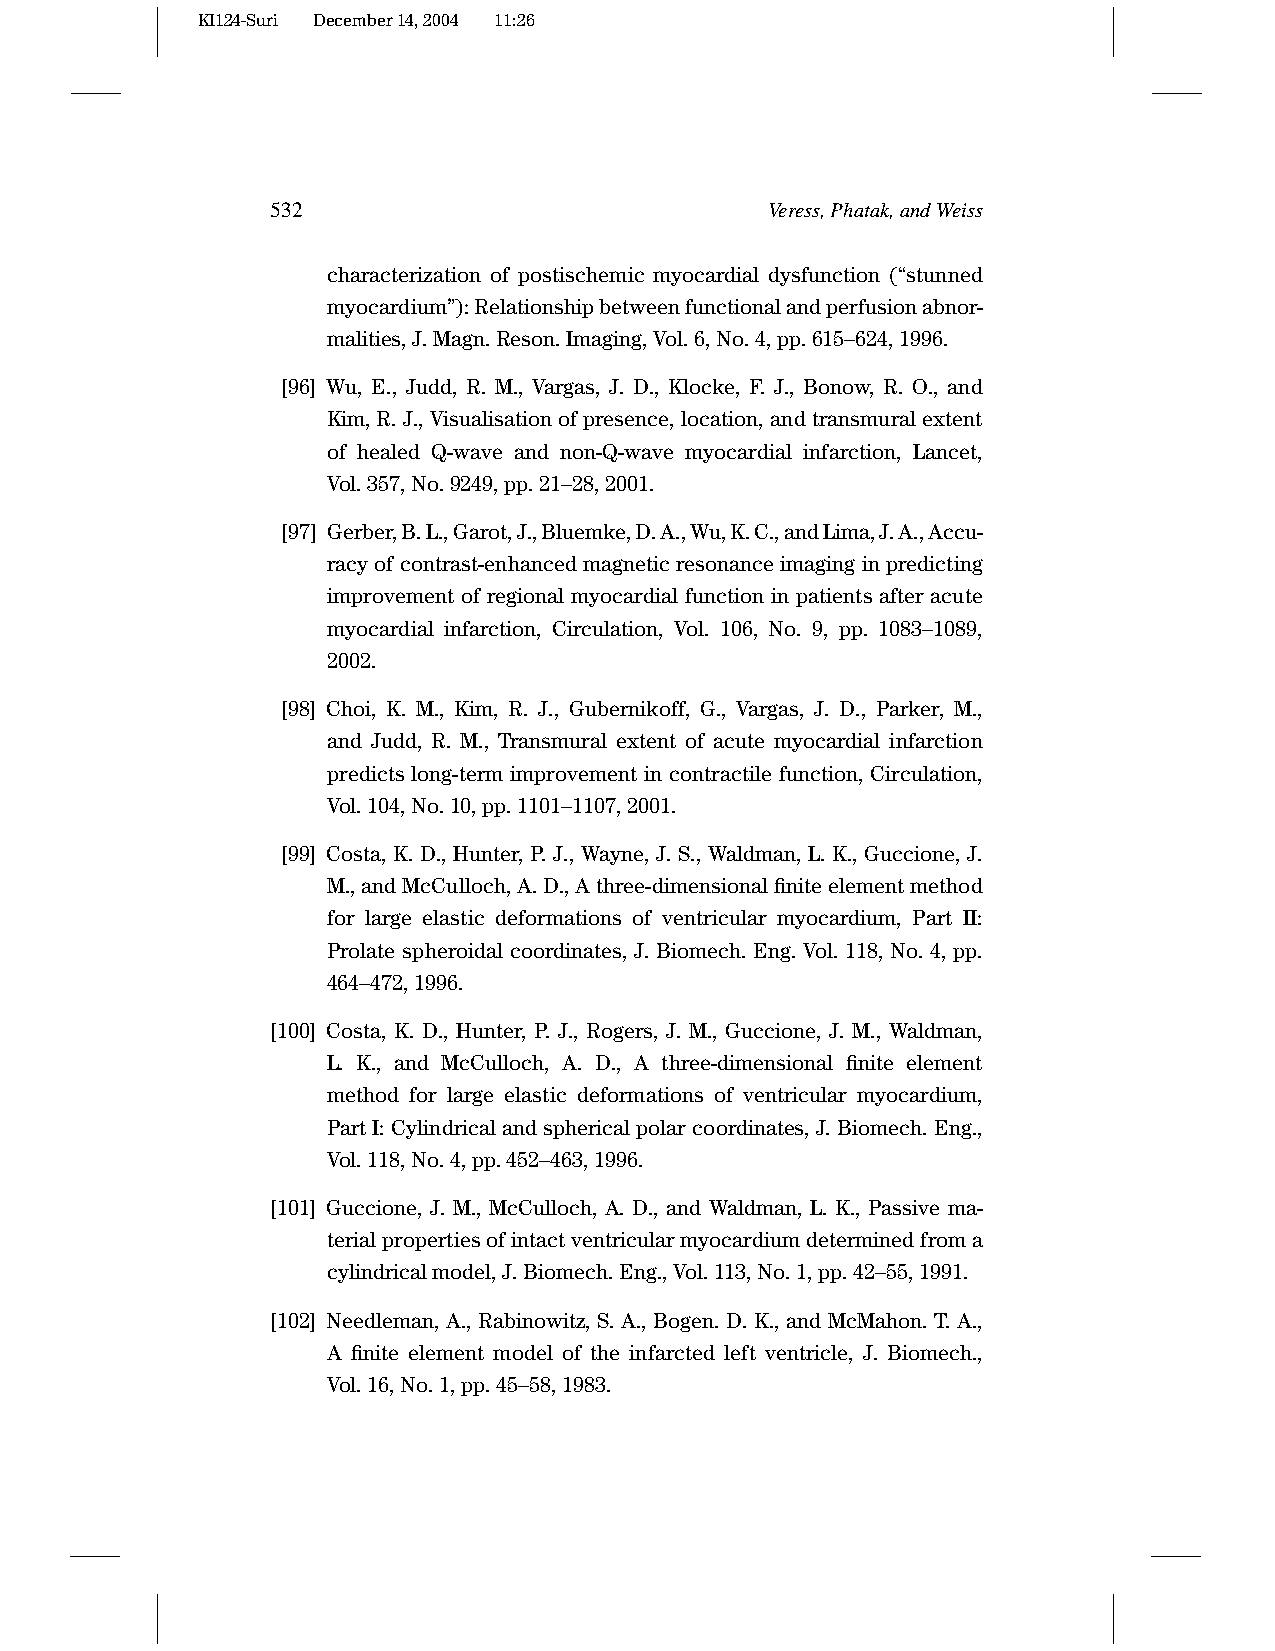
KI124-Suri December14,2004 11:26
 532                              Veress,Phatak,andWeiss
 characterization of postischemic myocardial dysfunction (“stunned
 myocardium”):Relationshipbetweenfunctionalandperfusionabnor-
 malities,J.Magn.Reson.Imaging,Vol.6,No.4,pp.615–624,1996.
 [96] Wu, E., Judd, R. M., Vargas, J. D., Klocke, F. J., Bonow, R. O., and
 Kim,R.J.,Visualisationofpresence,location,andtransmuralextent
 of healed Q-wave and non-Q-wave myocardial infarction, Lancet,
 Vol.357,No.9249,pp.21–28,2001.
 [97] Gerber,B.L.,Garot,J.,Bluemke,D.A.,Wu,K.C.,andLima,J.A.,Accu-
 racyofcontrast-enhancedmagneticresonanceimaginginpredicting
 improvement of regional myocardial function in patients after acute
 myocardial infarction, Circulation, Vol. 106, No. 9, pp. 1083–1089,
 2002.
 [98] Choi, K. M., Kim, R. J., Gubernikoff, G., Vargas, J. D., Parker, M.,
 and Judd, R. M., Transmural extent of acute myocardial infarction
 predicts long-term improvement in contractile function, Circulation,
 Vol.104,No.10,pp.1101–1107,2001.
 [99] Costa, K. D., Hunter, P. J., Wayne, J. S., Waldman, L. K., Guccione, J.
 M.,andMcCulloch,A.D.,Athree-dimensionalfiniteelementmethod
 for large elastic deformations of ventricular myocardium, Part II:
 Prolate spheroidal coordinates, J. Biomech. Eng. Vol. 118, No. 4, pp.
 464–472,1996.
 [100] Costa, K. D., Hunter, P. J., Rogers, J. M., Guccione, J. M., Waldman,
 L. K., and McCulloch, A. D., A three-dimensional finite element
 method for large elastic deformations of ventricular myocardium,
 PartI:Cylindricalandsphericalpolarcoordinates,J.Biomech.Eng.,
 Vol.118,No.4,pp.452–463,1996.
 [101] Guccione, J. M., McCulloch, A. D., and Waldman, L. K., Passive ma-
 terialpropertiesofintactventricularmyocardiumdeterminedfroma
 cylindricalmodel,J.Biomech.Eng.,Vol.113,No.1,pp.42–55,1991.
 [102] Needleman, A., Rabinowitz, S. A., Bogen. D. K., and McMahon. T. A.,
 A finite element model of the infarcted left ventricle, J. Biomech.,
 Vol.16,No.1,pp.45–58,1983.